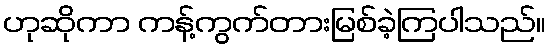
ဟုဆိုကာ ကန့်ကွက်တားမြစ်ခဲ့ကြပါသည်။